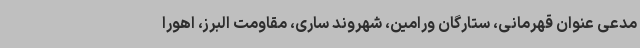
مدعی عنوان قهرمانی، ستارگان ورامین، شهروند ساری، مقاومت البرز، اهورا